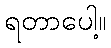
ရတာပေါ့။